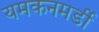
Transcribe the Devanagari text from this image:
यमकनमर्डी